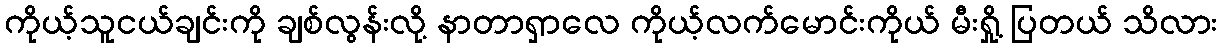
ကိုယ့်သူငယ်ချင်းကို ချစ်လွန်းလို့ နာတာရှာလေ ကိုယ့်လက်မောင်းကိုယ် မီးရှို့ ပြတယ် သိလား